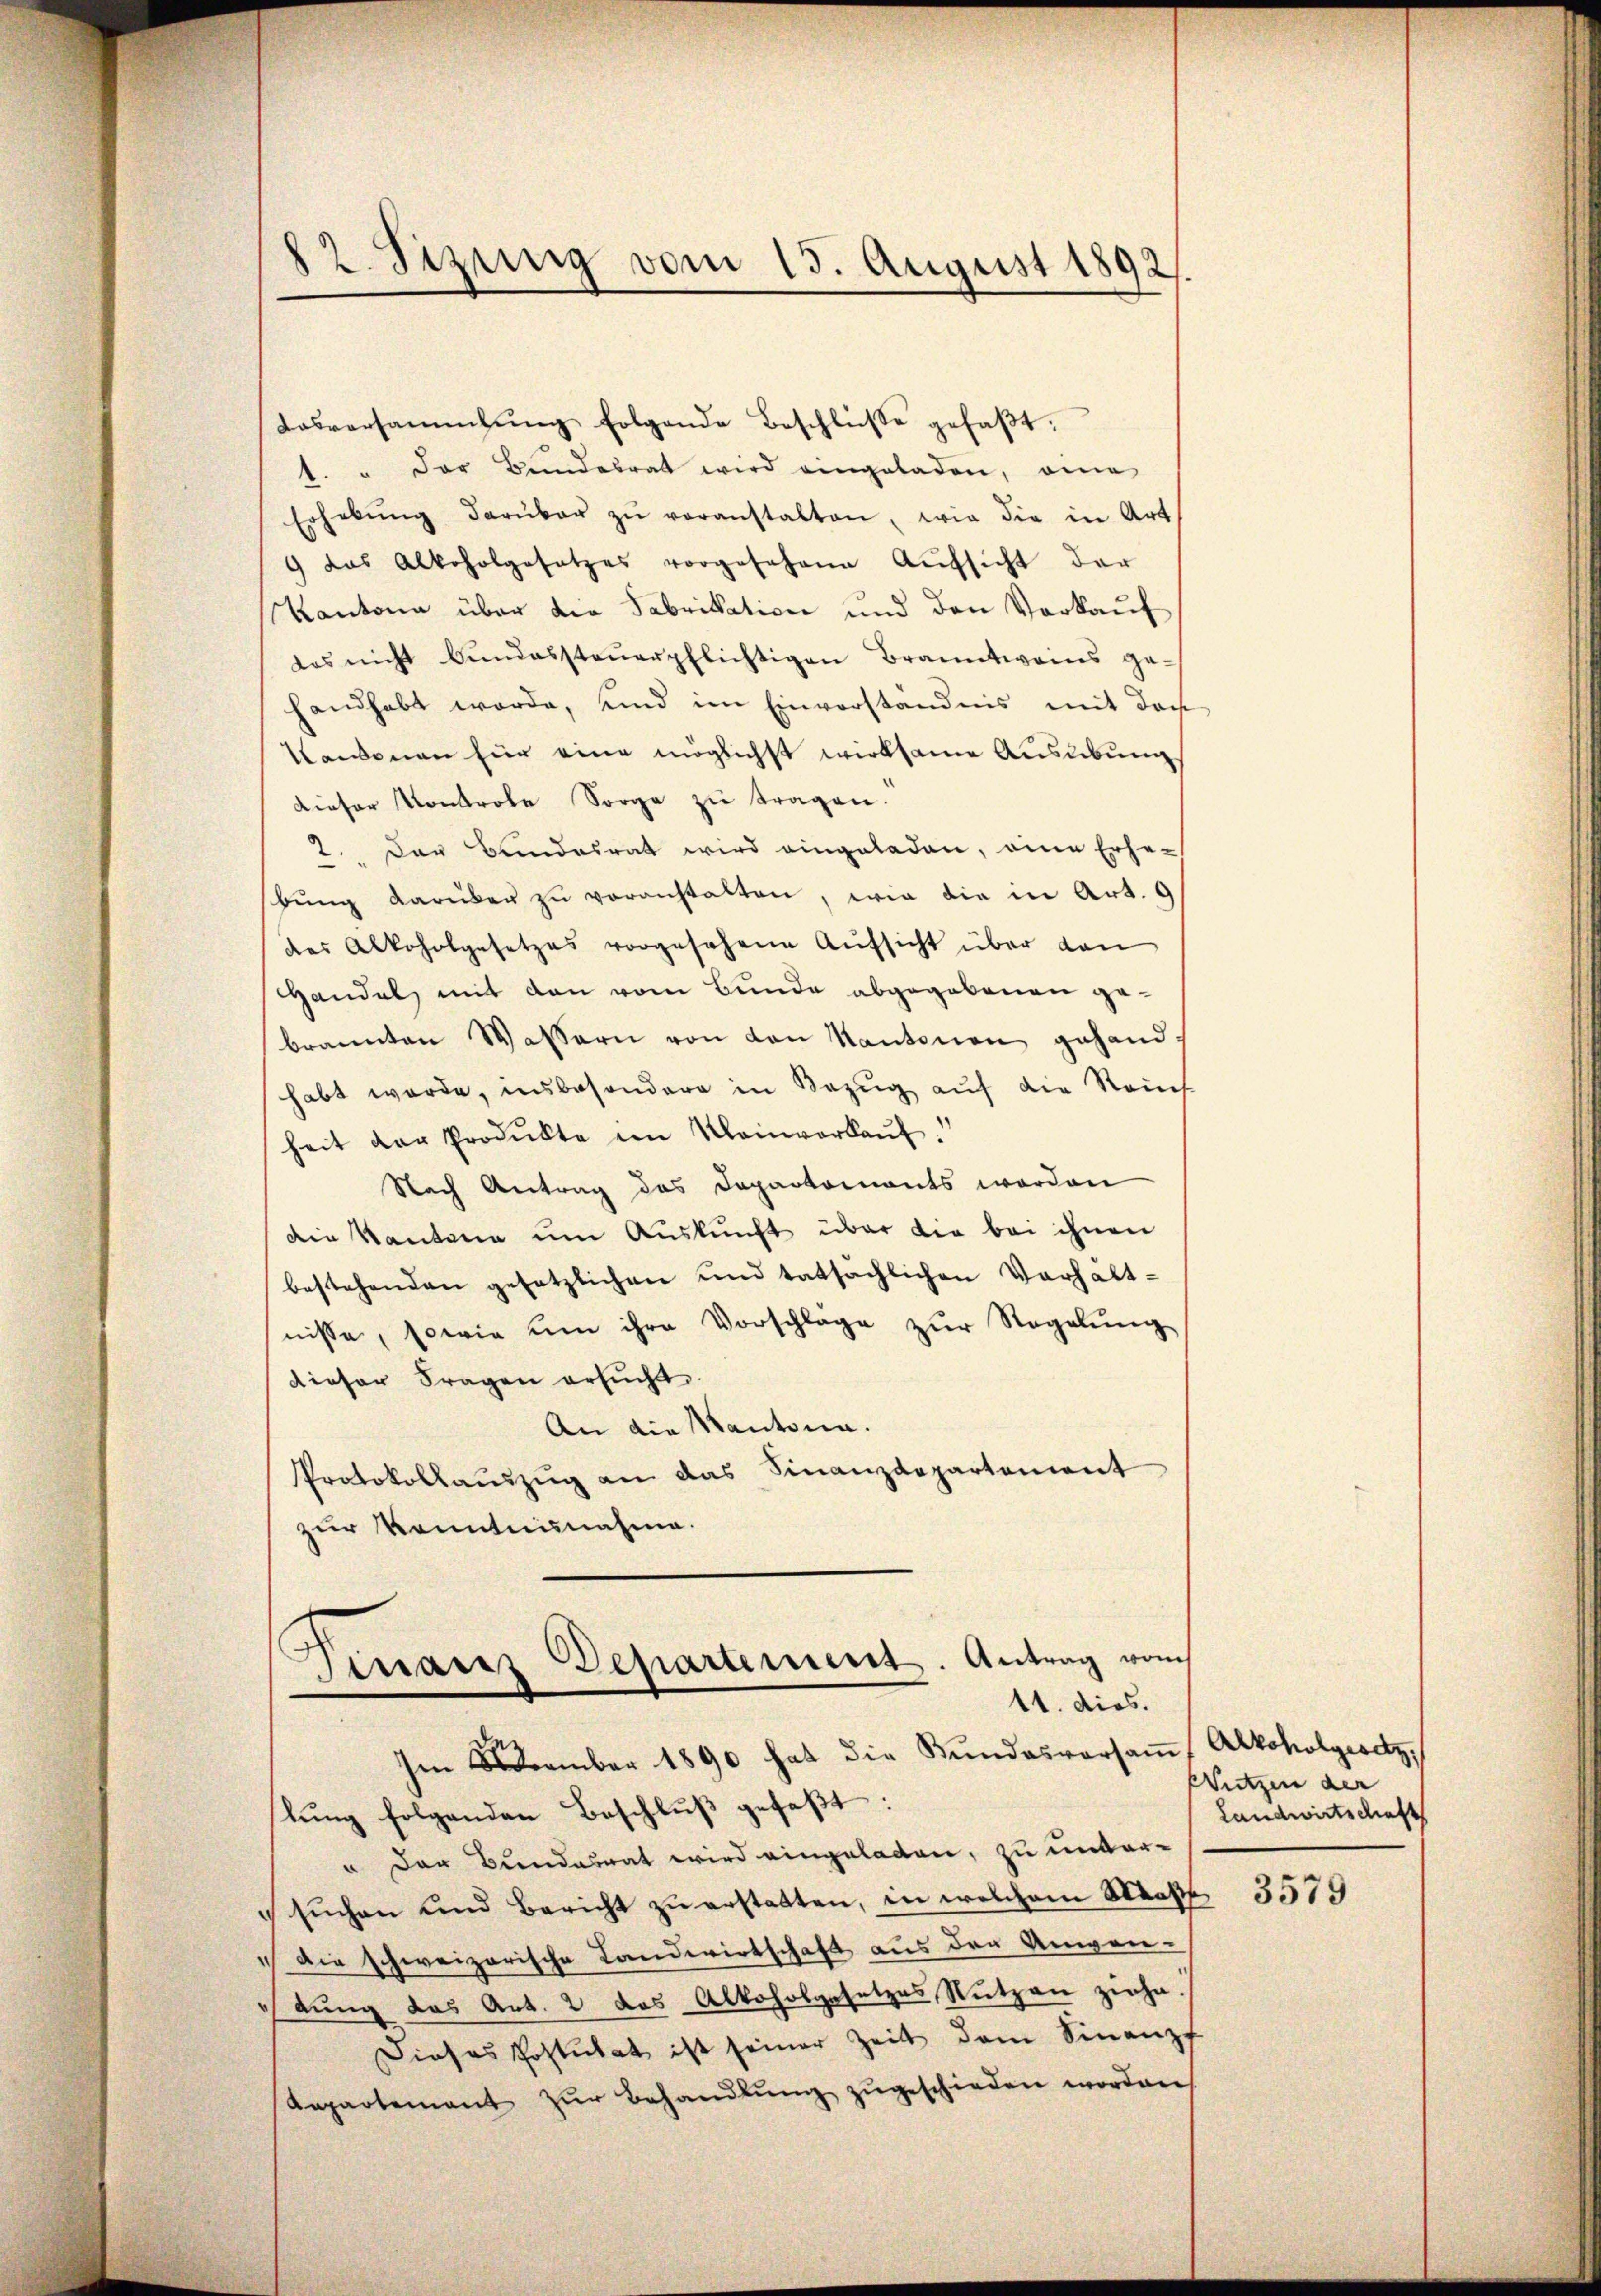
12. Sitzung vom 15. August 1892/

Losversammlung folgende Beschlüße gefaβt.
1. " Der Bundesrat wird eingeladen, ei
Erhebŭng darüber zŭ veranstalten, wie die in Art.
9 das Alkoholgesetzes vorgesehene Aŭfsicht der
Kantona über die Fabrikation und den Verkauf
das nicht bŭndessteŭerpflichtigen Branntweins ge-
handhabt werde, und im Einverständnis mit der
Kanonen für eine möglichst wirksame Ausübung
dieser Kontrole Sorge zŭ tragen.
2. Das Bundesrat wird eingeladen, eine Erhebŭng darüber zŭ veranstalten, wie die in Art. 9
das Alkoholgesetzes vorgesehene Aufsicht über den
Handel mit den vom Bunde abgegebenen gebrannten Wassern von den Kantonen gehandhabt werde, insbesondere in Bezug auf die Rauch
heit der Produkte im Kleinverkaŭf
Nach Antrag des Departomants worden
die Kantone um Auskunft über die bei ihnen
bestehenden gesetzlichen und tatsächlichen Verhalt-
nisse, sowie um ihre Vorschläge zŭr Regelŭng
dieser Fragen ersŭcht
An die Kantonen.
Protokollaŭszŭg an das Finanzdepartement
zur Kenntnisnahme.
Finanz Departement. Antrag vom

Im November 1890 hat die Bŭndesversaṁ Alkoholgesetz,
lŭng folgenden Beschlŭβ gefaβt:
u der Bundammat wird eingeladen, zu unter-
sŭchen und Bericht zŭ erstatten, in welchem Straße
 Die schweizerische Landwirtschaft aus den Anwenebung das Art. 2 das Alkoholgesetzes Nutzen ziehe.
Dieses Postulat ist seiner Zeit dem Sinanz-
Anpartement zŭr Behandlŭng zŭgeschieden worden.

11. dies.

Wutzen der
Landwirtschaft

3579